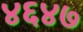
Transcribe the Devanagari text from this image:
४६४७